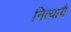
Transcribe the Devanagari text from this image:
नित्यायै